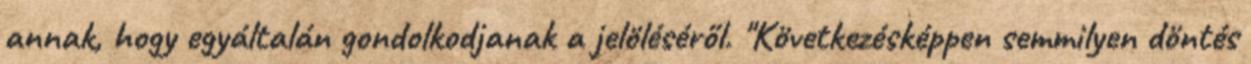
annak, hogy egyáltalán gondolkodjanak a jelöléséről. "Következésképpen semmilyen döntés